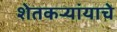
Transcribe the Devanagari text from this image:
शेतकर्‍यांयाचे